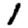
Digit: 1